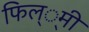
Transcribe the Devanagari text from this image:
फिल््मी